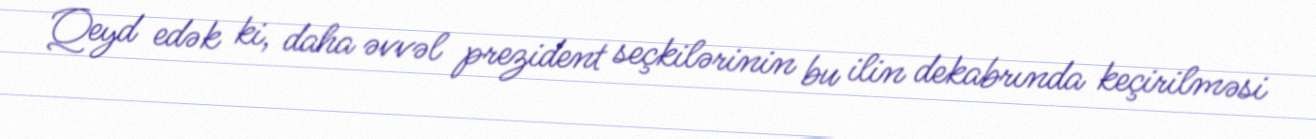
Qeyd edək ki, daha əvvəl prezident seçkilərinin bu ilin dekabrında keçirilməsi